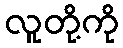
လူတို့ကို